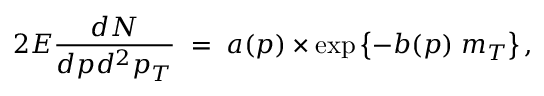
2 E { \frac { d N } { d p d ^ { 2 } p _ { T } } } \; = \; a ( p ) \times \exp \left\{ - b ( p ) \; m _ { T } \right\} ,